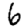
Digit: 6